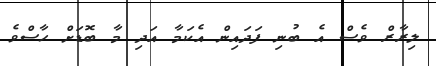
ލިރާރް ވެސް އެ ބުނި ފަދައިން އެކަމާ އަދި މާ ބޮޑަށް ހާސްވެ